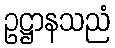
ဥဋ္ဌာနသညံ